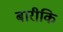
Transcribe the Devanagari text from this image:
बारीकि